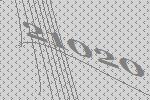
21020